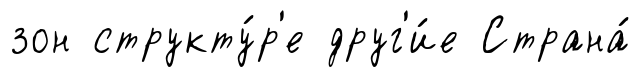
зон структу́р'е друг'и́е Страна́